Leaving Certificate Examination, 1924
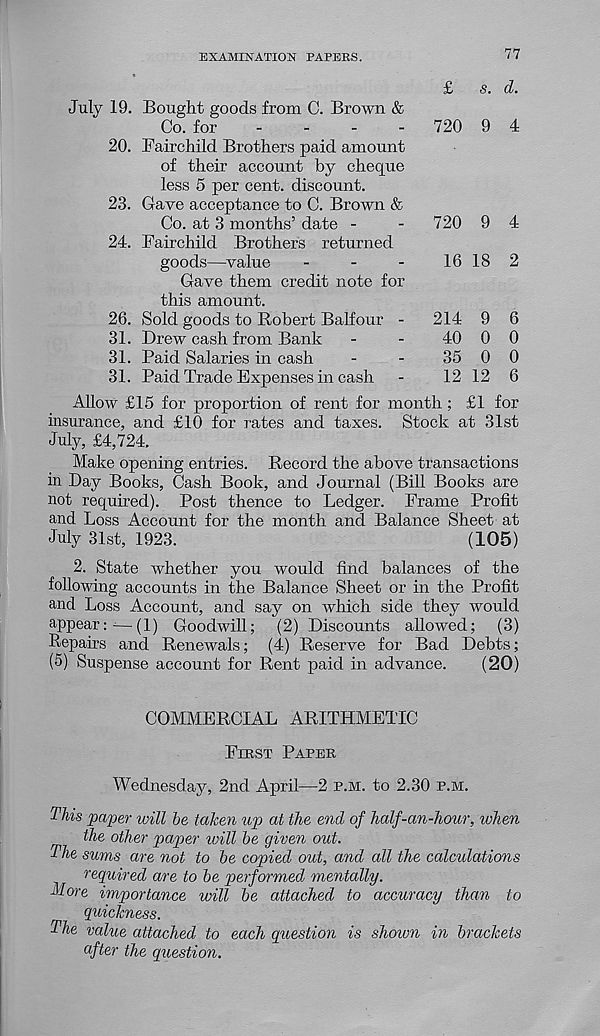
EXAMINATION PAPERS.
77
July 19.
20.
23.
24.
26.
31.
31.
31.
£
s. d.
Bought goods from C. Brown &
Co. for
_
.
_
-
Fairchild Brothers paid amount
of their account by cheque
less 5 per cent, discount.
Gave acceptance to C. Brown &
Co. at 3 months’ date -
Fairchild Brothers returned
goods—value
-
-
-
Gave them credit note for
this amount.
Sold goods to Robert Balfour -
Drew cash from Bank
Paid Salaries in cash
Paid Trade Expenses in cash
720 9 4
720 9 4
16 18 2
214
40
35
12
9
0
0
12
6
0
0
6
Allow £15 for proportion of rent for month; £1 for
insurance, and £10 for rates and taxes. Stock at 31st
July, £4,724,
Make opening entries. Record the above transactions
in Day Books, Cash Book, and Journal (Bill Books are
not required). Post thence to Ledger. Frame Profit
and Loss Account for the month and Balance Sheet at
July 31st, 1923.
(105)
2. State whether you would find balances of the
following accounts in the Balance Sheet or in the Profit
and Loss Account, and say on which side they would
appear:—(1) Goodwill; (2) Discounts allowed; (3)
Repairs and Renewals; (4) Reserve for Bad Debts;
(5) Suspense account for Rent paid in advance.
(20)
COMMERCIAL ARITHMETIC
First Paper
Wednesday, 2nd April—2 p.m. to 2.30 p.m.
This paper will he taken up at the end of half-an-hour, when
the other paper ivill be given out.
The sums are not to be copied out, and all the calculations
required are to be performed mentally.
More importance will be attached to accuracy than to
quickness.
The value attached to each question is shoivn in brackets
after the question.